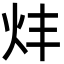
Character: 炐